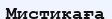
Мистикаға